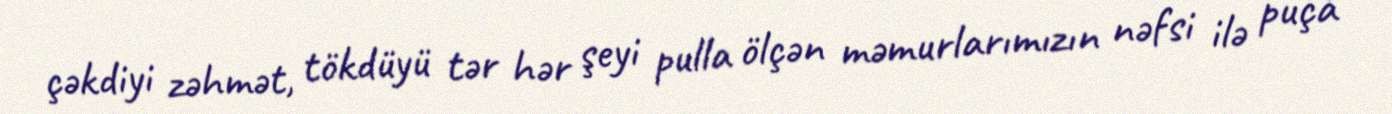
çəkdiyi zəhmət, tökdüyü tər hər şeyi pulla ölçən məmurlarımızın nəfsi ilə puça